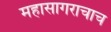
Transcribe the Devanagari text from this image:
महासागराचाच